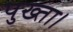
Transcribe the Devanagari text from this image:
पुख्ता।